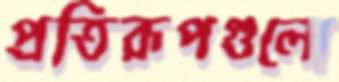
প্রতিরূপগুলো